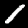
Label: 1